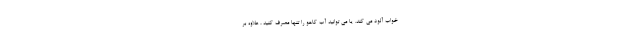
خواب آلود می کند. یا می توانید آب کاهو را تنها مصرف کنید ، علاوه بر